system: You are a helpful assistant.
user:
Analyze the provided spectrum to determine if it is a **"Cataclysmic Variables (CV)"**.

- **Key Indicators for CV (Check for either state):**
    - **State 1: Quiescent / Low-State (Emission-Dominated)**
        - **(Primary):** Strong and *very broad* Hydrogen Balmer emission lines (e.g., $H\alpha$ at 6563 Å, $H\beta$ at 4861 Å). The 'broadness' (high velocity dispersion, often FWHM > 1000 km/s) is the key diagnostic, indicating a high-velocity accretion disk.
        - **(Secondary):** Broad neutral Helium (He I) emission lines (e.g., 5876 Å, 6678 Å).
        - **(Key Confirmation):** Presence of high-excitation *ionized* Helium (He II) emission at 4686 Å. This is a strong indicator of accretion onto a white dwarf.
        - **(Line Profile):** Emission lines may exhibit a 'double-peaked' profile, which is a classic signature of a rotating accretion disk viewed at high inclination.

    - **State 2: Outburst / High-State (Absorption-Dominated)**
        - **(Primary):** Spectrum is dominated by a bright, blue continuum (looks like a hot star).
        - **(Secondary):** The emission lines from State 1 are weak, absent, or 'filled in', and are replaced by broad, shallow *absorption* lines (primarily Balmer and He I).
        - **(Morphology):** The overall spectrum mimics a hot B/A-type star. The crucial difference is that the absorption lines are significantly broader, shallower, and more 'washed-out' (or 'smeared') than the sharp lines of a normal stellar photosphere, due to high rotational speeds and pressure broadening in the disk.

Think first, call **spectral_visualization_tool** if needed to examine features in detail, then provide your final answer. Your response must adhere to the following strict rules:
1.  **Overall Structure:** Your response must follow the format `<think>...</think> <tool_call>...</tool_call> (if a tool is used) <answer>...</answer>`.
2.  **Tool Usage Constraint:** You may only make **one** tool call per turn.
3.  **Final Answer Format:** In the `<answer>` tag, your conclusion must be inside a `\boxed{}` command (e.g., `\boxed{YES}`), followed by your justification.

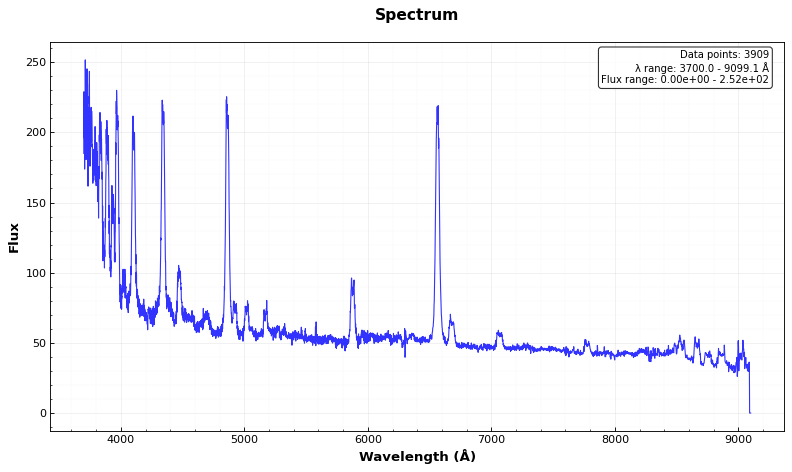
Answer: YES